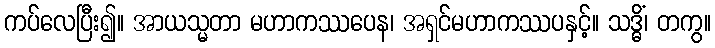
ကပ်လေပြီး၍။ အာယသ္မတာ မဟာကဿပေန၊ အရှင်မဟာကဿပနှင့်။ သဒ္ဓိံ၊ တကွ။